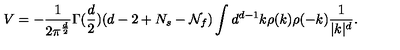
V = - { \frac { 1 } { 2 \pi ^ { \frac { d } { 2 } } } } \Gamma ( { \frac { d } { 2 } } ) ( d - 2 + N _ { s } - { \cal N } _ { f } ) \int d ^ { d - 1 } k \rho ( k ) \rho ( - k ) { \frac { 1 } { | k | ^ { d } } } .